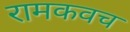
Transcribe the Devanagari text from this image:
रामकवच